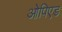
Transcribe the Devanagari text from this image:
ओपिएड